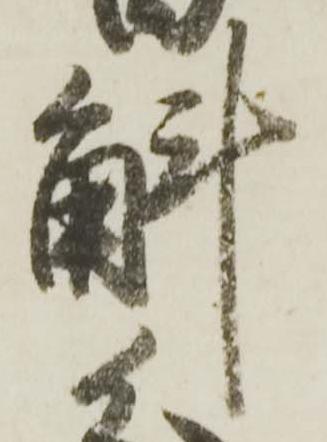
斛